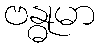
ဗန္ဓုမာ